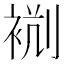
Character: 𧙮